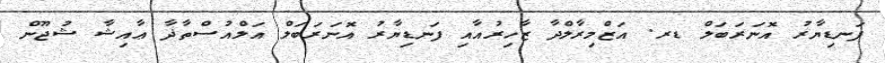
ފަނޑިޔާރު އޮނަރަބަލް ޑރ. އަޒްމިރާލްދާ ޒާހިރުއާއި ފަނޑިޔާރު އޮނަރަބަލް އަލްއުސްތާޛާ ޢާއިޝާ ޝުޖޫން